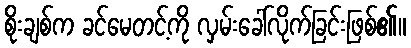
စိုးချစ်က ခင်မေတင့်ကို လှမ်းခေါ်လိုက်ခြင်းဖြစ်၏။